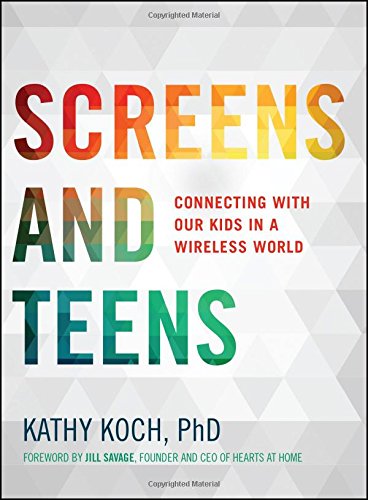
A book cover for Screens and Teens: Connecting with Our Kids in a Wireless World; Kathy Koch  PhD; Computers & Technology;